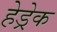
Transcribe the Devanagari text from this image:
हेड्रेक